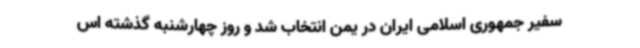
سفیر جمهوری اسلامی ایران در یمن انتخاب شد و روز چهارشنبه گذشته اس